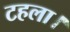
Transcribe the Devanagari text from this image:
टहला।